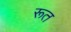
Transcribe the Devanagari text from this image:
रूत